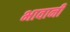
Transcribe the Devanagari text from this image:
भावानी